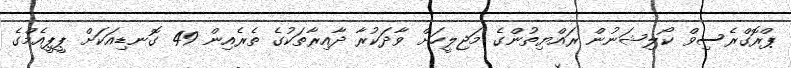
ޕްރޮގްރެސިވް ކޯލިޝަނުން ރައްޔިތުންގެ މަޖިލީހަށް ވާދަކުރާ ދާއިރާތަކުގެ ތެރެއިން 49 ގޮނޑިއަކަށް ޕީޕީއެމްގެ